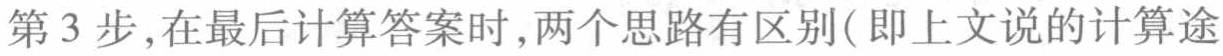
第3步,在最后计算答案时,两个思路有区别(即上文说的计算途